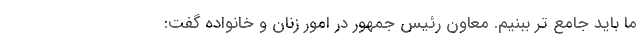
ما باید جامع تر ببنیم. معاون رئیس جمهور در امور زنان و خانواده گفت: